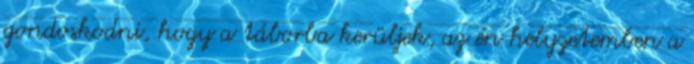
gondoskodni, hogy a táborba kerüljek, az én helyzetemben a